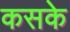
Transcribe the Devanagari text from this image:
कसके